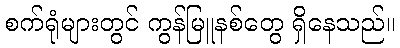
စက်ရုံများတွင် ကွန်မြူနစ်တွေ ရှိနေသည်။